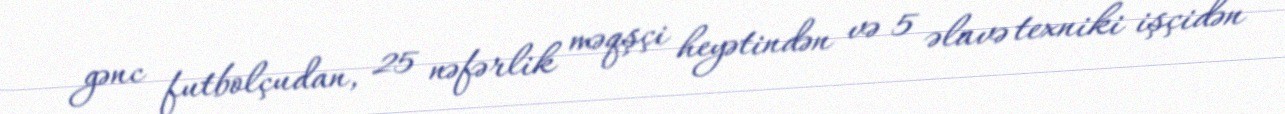
gənc futbolçudan, 25 nəfərlik məqşçi heyətindən və 5 əlavə texniki işçidən